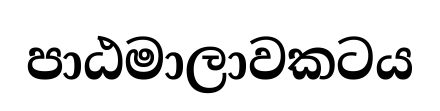
පාඨමාලාවකටය